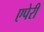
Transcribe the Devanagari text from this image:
एपेरी